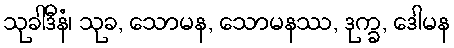
သုခါဒီနံ၊ သုခ, သောမန, သောမနဿ, ဒုက္ခ, ဒေါမန